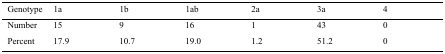
<table><thead><tr><td><b>Genotype</b></td><td><b>1a</b></td><td><b>1b</b></td><td><b>1ab</b></td><td><b>2a</b></td><td><b>3a</b></td><td><b>4</b></td></tr></thead><tbody><tr><td>Number</td><td>15</td><td>9</td><td>16</td><td>1</td><td>43</td><td>0</td></tr><tr><td>Percent</td><td>17.9</td><td>10.7</td><td>19.0</td><td>1.2</td><td>51.2</td><td>0</td></tr></tbody></table>